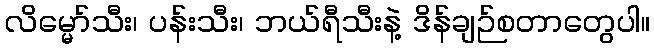
လိမ္မော်သီး၊ ပန်းသီး၊ ဘယ်ရီသီးနဲ့ ဒိန်ချဉ်စတာတွေပါ။